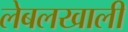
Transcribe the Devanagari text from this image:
लेबलखाली